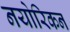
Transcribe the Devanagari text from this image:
नयोरिकन